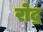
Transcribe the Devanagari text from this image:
रोद्र